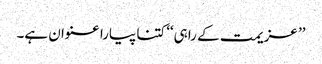
’’ عزیمت کے راہی‘‘ کتنا پیارا عنوان ہے۔